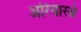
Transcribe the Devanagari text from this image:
अरियारत्ने